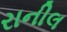
રાનીલ